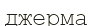
джерма